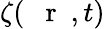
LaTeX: \zeta(\mathrm{~{~\mathbf~r~}~},t)